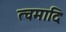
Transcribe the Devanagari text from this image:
त्वमादिः